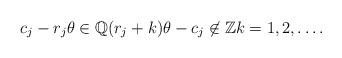
LaTeX: \begin{align*} c_j-r_j\theta\in\mathbb Q (r_j+k)\theta-c_j\not\in\mathbb Zk=1,2,\ldots.\end{align*}